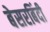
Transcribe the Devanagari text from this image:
बेसरबिंदी